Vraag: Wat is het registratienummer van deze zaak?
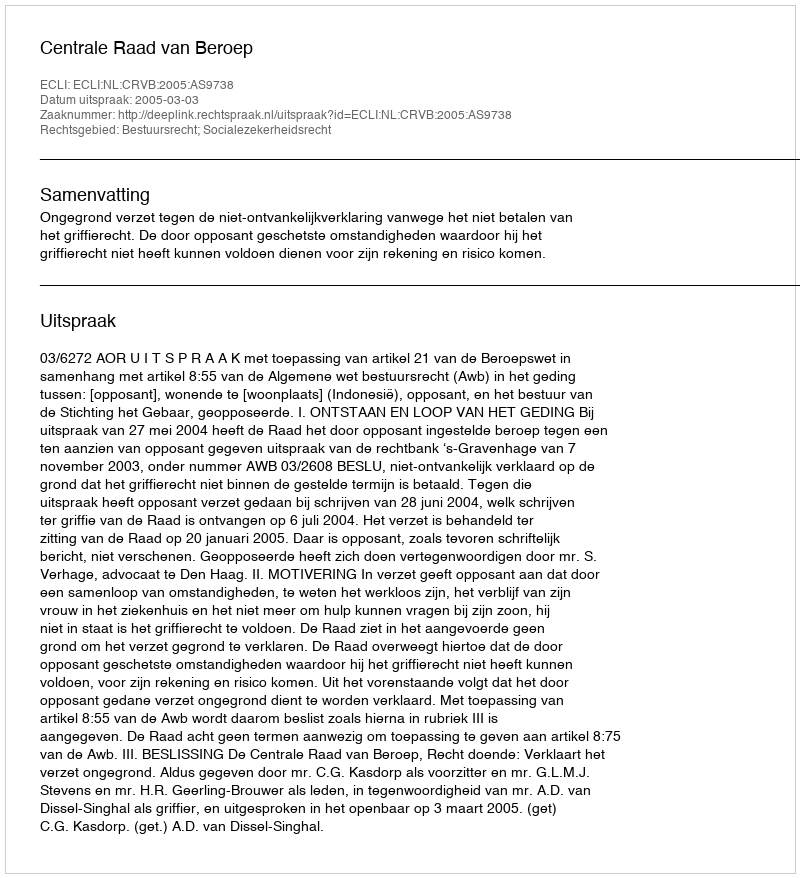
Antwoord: http://deeplink.rechtspraak.nl/uitspraak?id=ECLI:NL:CRVB:2005:AS9738